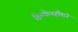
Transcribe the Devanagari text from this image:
हिल्फेनहौसने